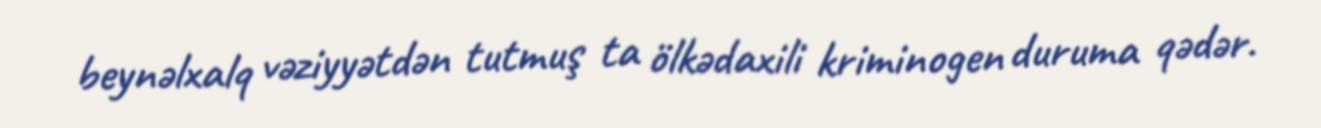
beynəlxalq vəziyyətdən tutmuş ta ölkədaxili kriminogen duruma qədər.